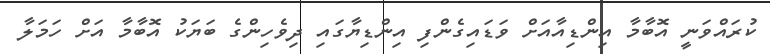
ކުރައްވަނީ އޮބާމާ އިންޑިއާއަށް ވަޑައިގެންފި އިންޑިޔާގައި ދިވެހިންގެ ބަޔަކު އޮބާމާ އަށް ހަމަލާ